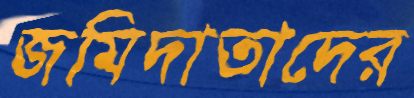
জমিদাতাদের